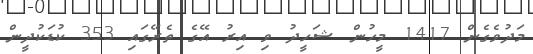
މަދުވެގެން 1417 މީހުން ޝަހީދު ވި އިރު އޭގެ ތެރޭގައި 353 ކުޑަކުދީން